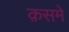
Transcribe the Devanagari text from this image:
क़समे